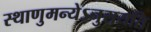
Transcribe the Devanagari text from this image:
स्थाणुमन्येऽनुसयति